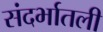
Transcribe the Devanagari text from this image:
संदर्भातली